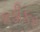
કડીકર